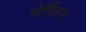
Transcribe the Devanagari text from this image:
सेर्विअस